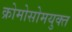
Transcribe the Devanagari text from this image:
क्रोमोसोमयुक्त